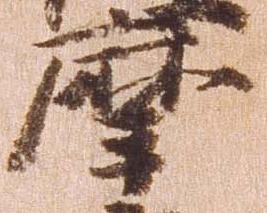
摩